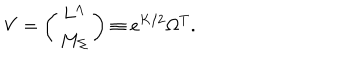
V = \left( \begin{matrix} { { L ^ { \Lambda } } } \\ { { M _ { \Sigma } } } \\ \end{matrix} \right) \equiv e ^ { K / 2 } \Omega ^ { T } .